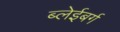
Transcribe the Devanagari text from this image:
ब्लेईबर्ग